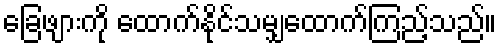
ခြေဖျားကို ထောက်နိုင်သမျှထောက်ကြည့်သည်။